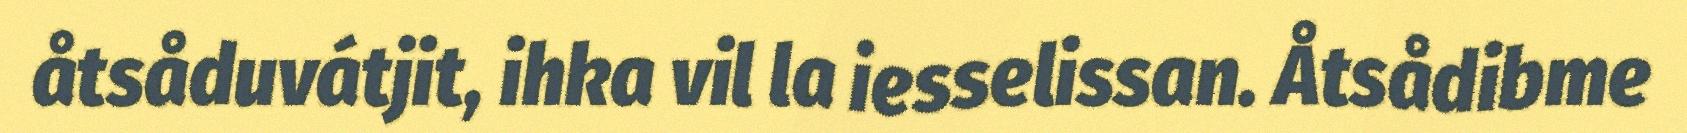
åtsåduvátjit, ihka vil la iesselissan. Åtsådibme